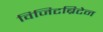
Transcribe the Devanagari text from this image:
विजिटब्रिटेन